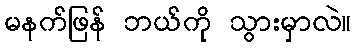
မနက်ဖြန် ဘယ်ကို သွားမှာလဲ။